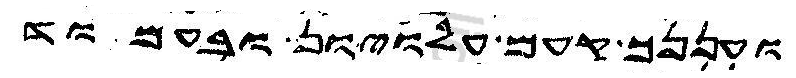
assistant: ועננך קעם עלויון ובעמוד